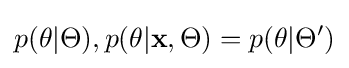
p(\theta |\Theta ),p(\theta |\mathbf {x} ,\Theta )=p(\theta |\Theta ')